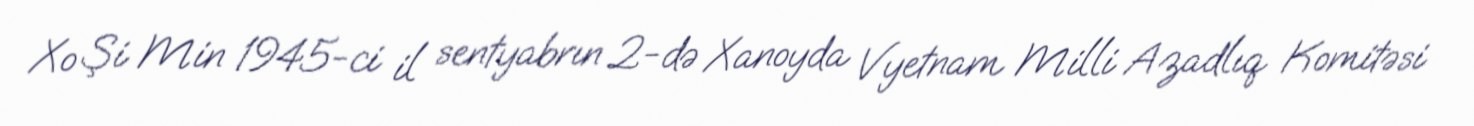
Xo Şi Min 1945-ci il sentyabrın 2-də Xanoyda Vyetnam Milli Azadlıq Komitəsi